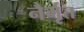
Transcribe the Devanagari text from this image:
नैर्भृत